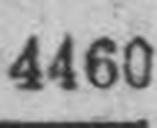
4460